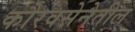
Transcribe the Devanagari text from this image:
कौरवसेनेतील